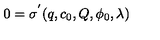
0 = \sigma ^ { ' } ( q , c _ { 0 } , Q , \phi _ { 0 } , \lambda )